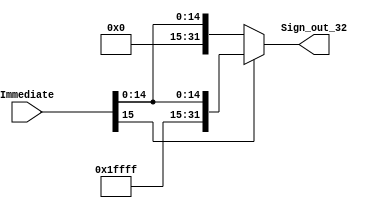
module sign_extend_16(
    input   wire   [15:0]   Immediate, //Instruction [15:0] 
    output  wire   [31:0]   Sign_out_32 
);

    assign Sign_out_32 = (Immediate[15]) ? {{16{1'b1}}, Immediate} : {{16{1'b0}}, Immediate};

endmodule